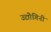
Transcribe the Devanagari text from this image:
उद्योगिनी